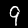
Digit: 9